Report of cholera committee
Disease focus: Cholera
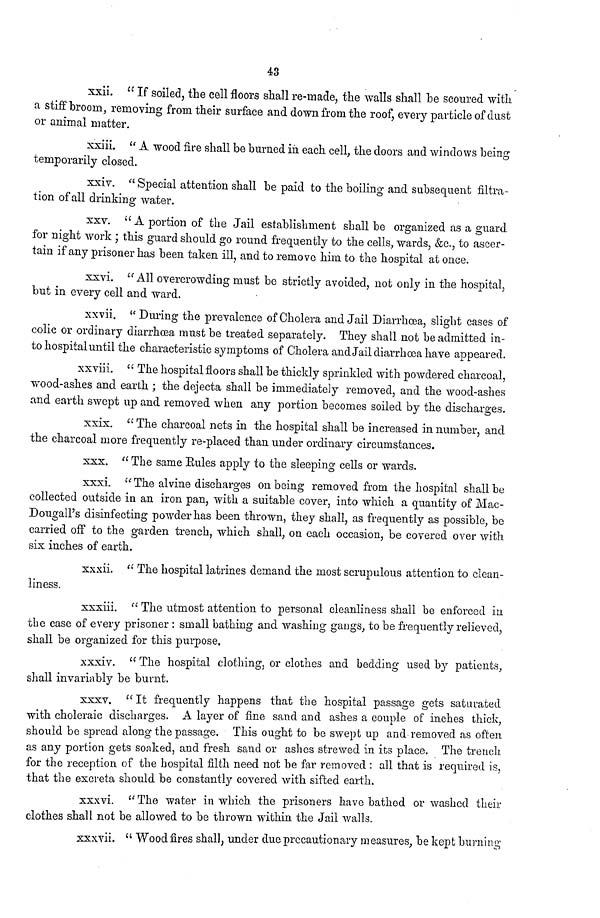
48
xxii. " If soiled, the cell floors shall re-rnade, the walls shall he scoured with
a stiff broom, removing from their surface and down from the roof, every particle of dust
or animal matter.
xxiii. " A wood fire shall be burned in each cell, the doors and windows being
temporarily closed.
xxiv. " Special attention shall be paid to the boiling and subsequent filtra-
tion of all drinking water.
xxv. " A portion of the Jail establishment shall be organized as a guard
for night work ; this guard should go round frequently to the cells, wards, &c, to ascer-
tain if any prisoner has been taken ill, and to remove him to the hospital at once.
xxvi. "All overcrowding must be strictly avoided, not only in the hospital,
but in every cell and ward.
xxvii. " During the prevalence of Cholera and Jail Diarrhoea, slight cases of
colic or ordinary diarrhoea must be treated separately. They shall not be admitted in-
to hospital until the characteristic symptoms of Cholera and Jail diarrhoea have appeared.
xxviii. " The hospital floors shall be thickly sprinkled with powdered charcoal,
wood-ashes and earth ; the dejecta shall be immediately removed, and the wood-ashes
and earth swept up and removed when any portion becomes soiled by the discharges.
xxix. " The charcoal nets in the hospital shall be increased in number, and
the charcoal more frequently re-placed than under ordinary circumstances.
xxx. " The same Bules apply to the sleeping cells or wards.
xxxi. "The al vine discharges on being removed from the hospital shall be
collected outside in an iron pan, with a suitable cover, into which a quantity of Mac-
Dougall's disinfecting powder has been thrown, they shall, as frequently as possible, be
carried off to the garden trench, which shall, on each occasion, be covered over with
six inches of earth.
xxxii. " The hospital latrines demand the most scrupulous attention to clean-
liness.
xxxiii. " The utmost attention to personal cleanliness shall be enforced in
the case of every prisoner : small bathing and washing gangs, to be frequently relieved,
shall be organized for this purpose,
xxxiv. " The hospital clothing, or clothes and bedding used by patients,
shall invariably be burnt.
XXXV. " It frequently happens that the hospital passage gets saturated
with choleraic discharges. A layer of fine sand and ashes a couple of inches thick,
should be spread along the passage. This ought to be swept up and removed as often
as any portion gets soaked, and fresh sand or ashes strewed in its place. The trench
for the reception of the hospital filth need not be far removed : all that is required is,
that the excreta should be constantly covered with sifted earth,
xxxvi. " The water in which the prisoners have bathed or washed their
clothes shall not be allowed to be thrown within the Jail walls.
xxxvii. " Wood fires shall, under due precautionary measures, be kept burning